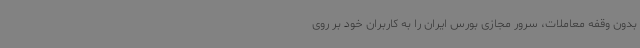
بدون وقفه معاملات، سرور مجازی بورس ایران را به کاربران خود بر روی